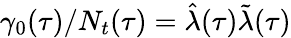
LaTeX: \gamma_{0}(\tau)/N_{t}(\tau)=\hat{\lambda}(\tau)\tilde{\lambda}(\tau)